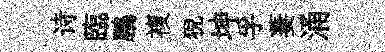
诗臨鵬複猊坤孚萋涌